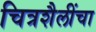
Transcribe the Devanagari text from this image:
चित्रशैलींचा